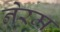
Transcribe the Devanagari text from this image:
नेरम